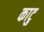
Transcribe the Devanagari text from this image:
काटु